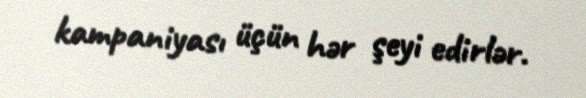
kampaniyası üçün hər şeyi edirlər.